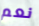
نعم